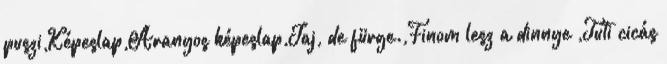
puszi,Képeslap,Aranyos képeslap,Jaj, de fürge.,Finom lesz a dinnye ,Tuti cicás